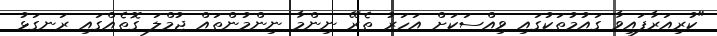
"ކުރިއަރާފައިވާ ގައުމުތަކުގައި ވިއްސަކަށް އަހަރު ތެރޭ ނިންމާ ނިންމުންތައް ޖުމްލަ ގޮތެއްގައި ރަނގަޅު